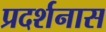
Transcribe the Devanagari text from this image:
प्रदर्शनास